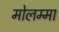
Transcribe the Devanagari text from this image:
मोलम्मा